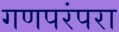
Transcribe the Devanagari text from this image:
गणपरंपरा